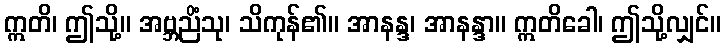
ဣတိ၊ ဤသို့။ အဗ္ဘညိံသု၊ သိကုန်၏။ အာနန္ဒ၊ အာနန္ဒာ။ ဣတိခေါ၊ ဤသို့လျှင်။